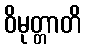
ဝိမုတ္တာတိ